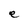
Character: e